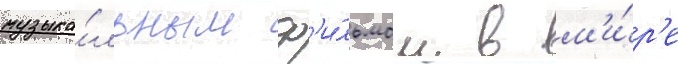
музыка́льным ф'и́льмом в м'и́р'е